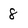
Character: 8